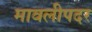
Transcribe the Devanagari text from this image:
मावलीपदर